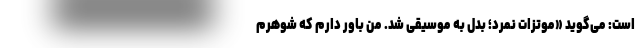
است: می‌گوید «موتزات نمرد؛ بدل به موسیقی شد. من باور دارم که شوهرم